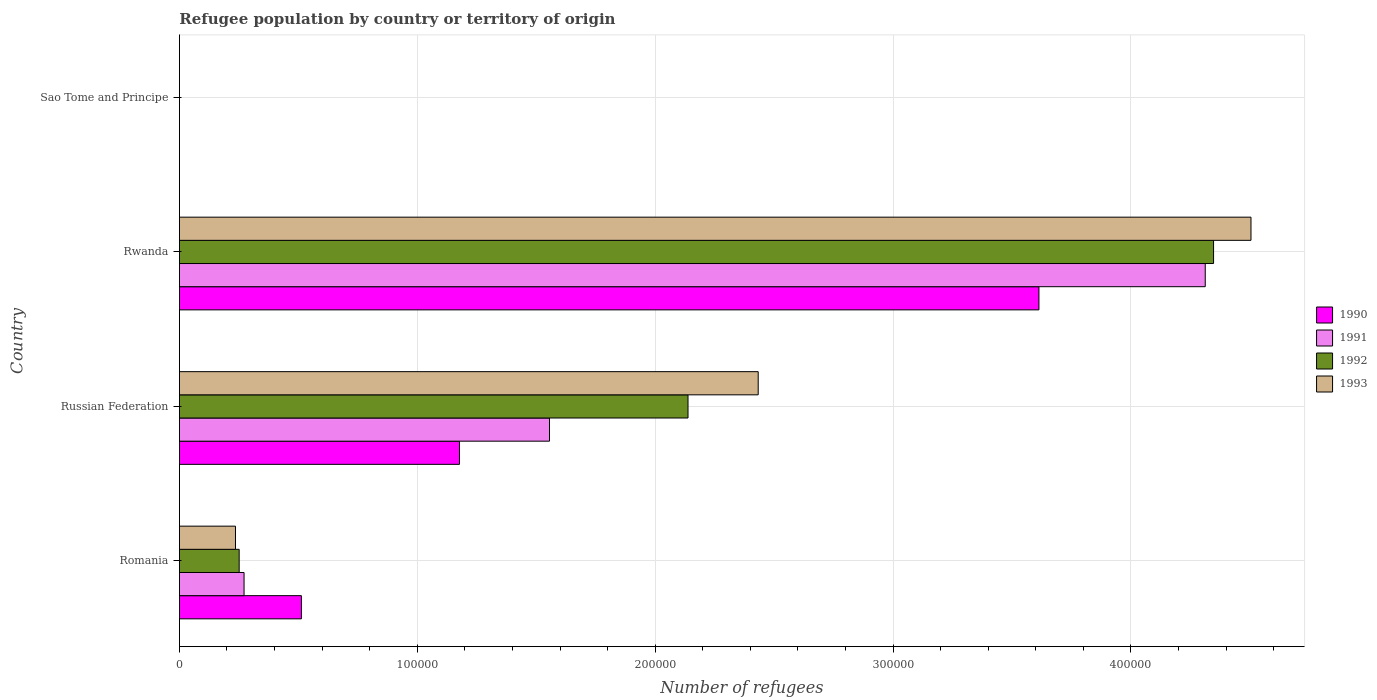
| Country | 1990 | 1991 | 1992 | 1993 |
 | --- | --- | --- | --- | --- |
 | Romania | 5.13e+04 | 2.72e+04 | 2.51e+04 | 2.36e+04 |
 | Russian Federation | 1.18e+05 | 1.56e+05 | 2.14e+05 | 2.43e+05 |
 | Rwanda | 3.61e+05 | 4.31e+05 | 4.35e+05 | 4.5e+05 |
 | Sao Tome and Principe | 1 | 1 | 1 | 1 |